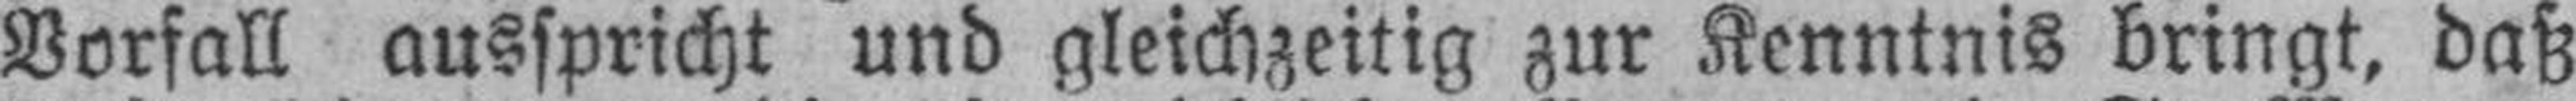
Vorfall ausspricht und gleichzeitig zur Kenntnis bringt, daß